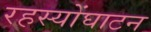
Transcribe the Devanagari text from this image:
रहस्योंघाटन